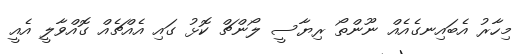
މިހާރު އެބައިނގެއެއް ނޫންތޯ ރިޔާސީ ލޯންޗް ކޮޅު ގައި އެއްޗެއް ގޮއްވާލީ އެއީ